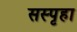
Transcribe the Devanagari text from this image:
सस्पृहा